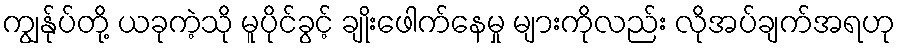
ကျွန်ုပ်တို့ ယခုကဲ့သို မူပိုင်ခွင့် ချိုးဖေါက်နေမှု များကိုလည်း လိုအပ်ချက်အရဟု